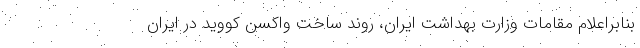
بنابراعلام مقامات وزارت بهداشت ایران، روند ساخت واکسن کووید در ایران